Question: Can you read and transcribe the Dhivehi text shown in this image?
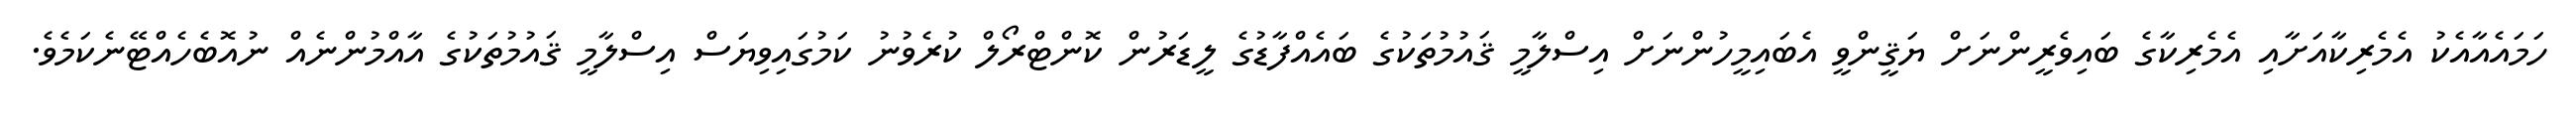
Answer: ހަމައެއާއެކު އެމެރިކާއަށާއި އެމެރިކާގެ ބައިވެރީންނަށް ޔަޤީންވީ އެބައިމީހުންނަށް އިސްލާމީ ޤައުމުތަކުގެ ބައެއްފާޑުގެ ލީޑަރުން ކޮންޓްރޯލް ކުރެވުނު ކަމުގައިވިޔަސް އިސްލާމީ ޤައުމުތަކުގެ އާއްމުންނެއް ނުއޮބެހެއްޓޭނެކަމެވެ.